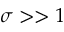
\sigma > > 1